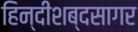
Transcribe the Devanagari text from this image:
हिन्दीशब्दसागर